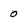
Character: o